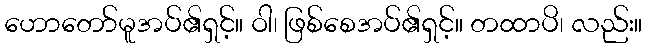
ဟောတော်မူအပ်၏ရှင့်။ ဝါ၊ ဖြစ်စေအပ်၏ရှင့်။ တထာပိ၊ လည်း။